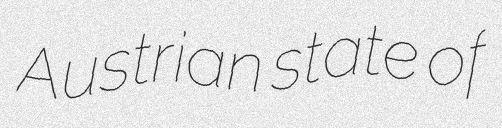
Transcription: Austrian state of